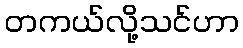
တကယ်လို့သင်ဟာ